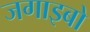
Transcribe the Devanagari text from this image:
जगाइबो